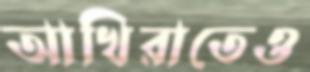
আখিরাতেও